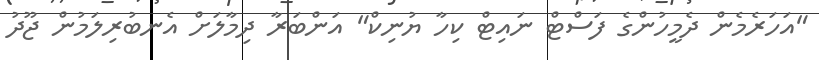
"އަހަރެމެން ދެމީހުންގެ ފަސްޓް ނައިޓް ކިހާ ޔުނިކް" އަންބަރާ ދިމާލަށް އެނބުރިލަމުން ޖޫދު